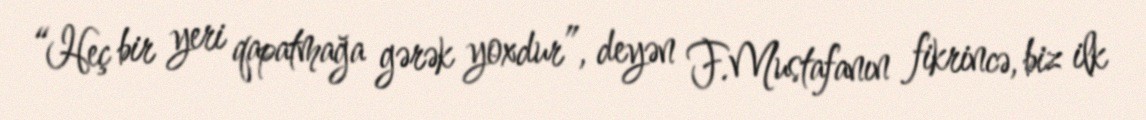
“Heç bir yeri qapatmağa gərək yoxdur”, deyən F.Mustafanın fikrincə, biz ilk